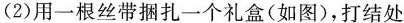
(2)用一根丝带捆扎一个礼盒(如图)，打结处